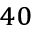
^ { 4 0 }